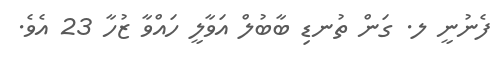
ފެނުނީ ލ. ގަން ތުނޑި ބާބުލް އަވާލީ ހައްވާ ޒުހާ 23 އެވެ.